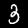
Label: 3